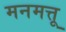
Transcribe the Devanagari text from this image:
मनमत्तू